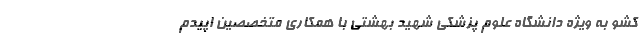
کشو به ویژه دانشگاه علوم پزشکی شهید بهشتی با همکاری متخصصین اپیدم